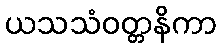
ယသသံဝတ္တနိကာ